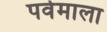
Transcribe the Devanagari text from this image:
पर्वमाला